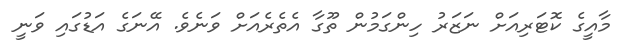
މާއީގެ ކޮޓަރިއަށް ނަޒަރު ހިންގަމުން ތޫގާ އެތެރެއަށް ވަނެވެ. އޭނަގެ އަޑުގައި ވަނީ